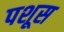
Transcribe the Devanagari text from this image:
पशूस